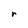
Character: r